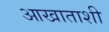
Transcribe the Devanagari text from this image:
आखाताशी